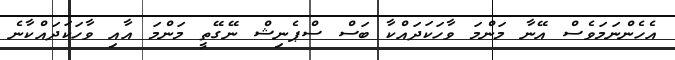
އެހެންނަމަވެސް އޭނާ މަންމަ ވާހަކަދައްކާ ބަސް ސްޕެނިޝް ނޭގޭތީ މަންމަ އާއި ވާހަކަދައްކާނެ